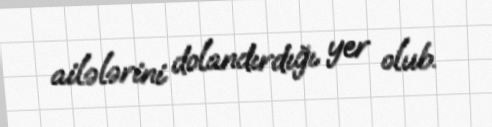
ailələrini dolandırdığı yer olub.